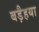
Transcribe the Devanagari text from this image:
बड़ैहया